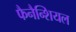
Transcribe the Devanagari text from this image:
फैनैन्शियल